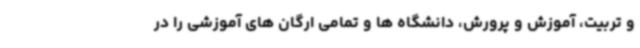
و تربیت، آموزش و پرورش، دانشگاه ها و تمامی ارگان های آموزشی را در